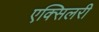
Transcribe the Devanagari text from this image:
एक्सिलरी